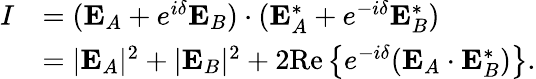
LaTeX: \begin{array}{rl}{I}&{=(\mathbf{E}_{A}+e^{i\delta}\mathbf{E}_{B})\cdot(\mathbf{E}_{A}^{\ast}+e^{-i\delta}\mathbf{E}_{B}^{\ast})}\\ &{=|\mathbf{E}_{A}|^{2}+|\mathbf{E}_{B}|^{2}+2\mathrm{Re}\left\{ e^{-i\delta}(\mathbf{E}_{A}\cdot\mathbf{E}_{B}^{\ast})\right\} .}\end{array}